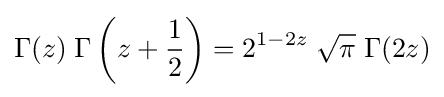
\Gamma (z)\;\Gamma \left(z+{\frac {1}{2}}\right)=2^{1-2z}\;{\sqrt {\pi }}\;\Gamma (2z)